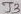
Text: J3